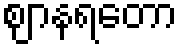
ဈာနရတော